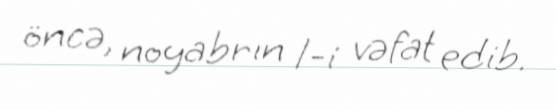
öncə, noyabrın 1-i vəfat edib.